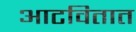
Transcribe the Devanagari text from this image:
आटवितात